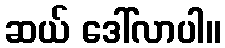
ဆယ် ဒေါ်လာပါ။